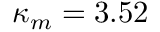
\kappa _ { m } = 3 . 5 2